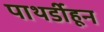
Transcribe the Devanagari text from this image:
पाथर्डीहून